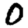
Digit: 0